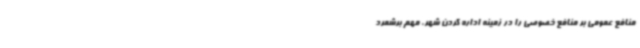
منافع عمومی بر منافع خصوصی را در زمینه اداره کردن شهر، مهم برشمرد